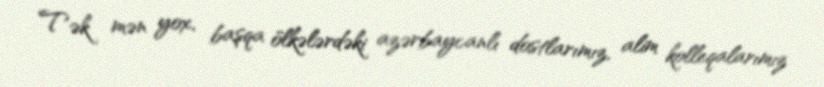
Tək mən yox, başqa ölkələrdəki azərbaycanlı dostlarımız, alim kolleqalarımız